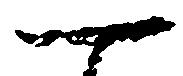
一